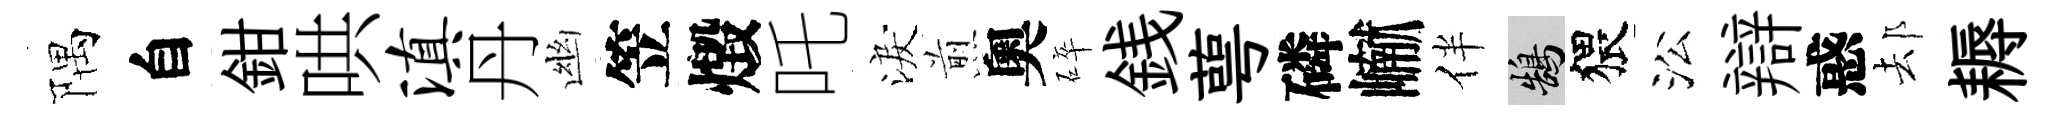
隅自鉗哄滇丹幽笠燬吒淚煎奧碎銭萼磷𪩘伴鵠猥㳂辯惑𨚫耨